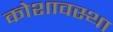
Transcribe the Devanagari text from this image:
कोशावस्था